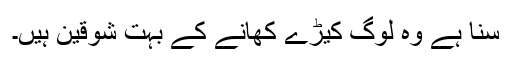
سنا ہے وہ لوگ کیڑے کھانے کے بہت شوقین ہیں۔